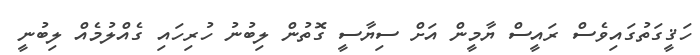
ހަޤީގަތުގައިވެސް ރައީސް ޔާމީން އަށް ސިޔާސީ ގޮތުން ލިބުނު ހުރިހައި ގެއްލުމެއް ލިބުނީ